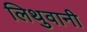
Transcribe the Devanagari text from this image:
लिथुवानी